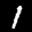
Label: 1